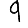
Digit: 9